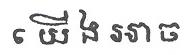
យើង អាច